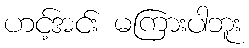
ဟင့်အင်း မကြားပါဘူး